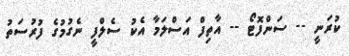
ކުރަނީ -- ސަންފޮޓޯ -- އާތިފް އަސްލަމާ އެކު ސެލްފީ ނެގުމުގެ ފުރުސަތު